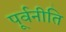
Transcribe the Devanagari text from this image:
पूर्वनीति